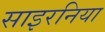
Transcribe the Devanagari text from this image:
साइरनिया